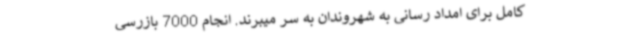
کامل برای امداد رسانی به شهروندان به سر میبرند. انجام 7000 بازرسی